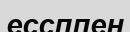
ессппен